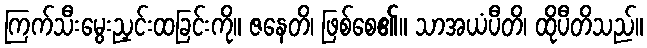
ကြက်သီးမွေးညှင်းထခြင်းကို။ ဇနေတိ၊ ဖြစ်စေ၏။ သာအယံပီတိ၊ ထိုပီတိသည်။